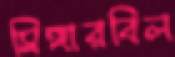
সিঙ্গারবিল